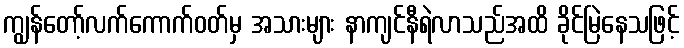
ကျွန်တော့်လက်ကောက်ဝတ်မှ အသားများ နာကျင်နီရဲလာသည်အထိ ခိုင်မြဲနေသဖြင့်